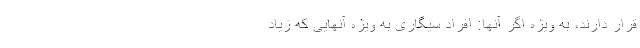
قرار دارند، به ویژه اگر آنها: افراد سیگاری به ویژه آنهایی که زیاد